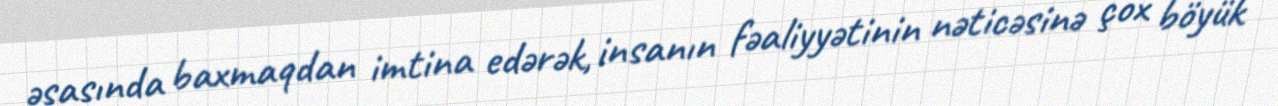
əsasında baxmaqdan imtina edərək, insanın fəaliyyətinin nəticəsinə çox böyük